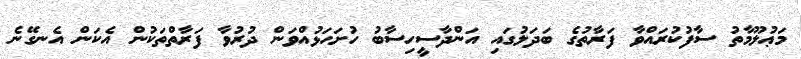
މަޢުލޫމާތު ސާފުކުރައްވާ ފަރާތުގެ ބަދަލުގައި އަންދާސީހިސާބު ހުށަހަޅުއްވަން ދުރުވާ ފަރާތްތަކުން އެކަން އެނގޭނެ